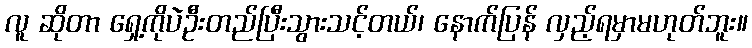
လူ ဆိုတာ ရှေ့ကိုပဲဦးတည်ပြီးသွားသင့်တယ်၊ နောက်ပြန် လှည့်ရမှာမဟုတ်ဘူး။